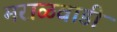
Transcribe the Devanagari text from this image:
मराळवाडी